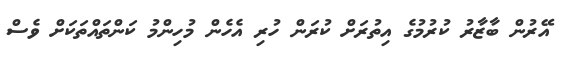
އޭރުން ބާޒާރު ކުރުމުގެ އިތުރަށް ކުރަން ހުރި އެހެން މުހިންމު ކަންތައްތަކަށް ވެސް